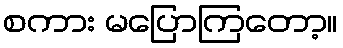
စကား မပြောကြတော့။